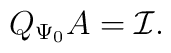
Q_{\Psi_0} A = \mathcal{I}.